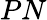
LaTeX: PN